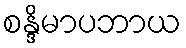
စန္ဒိမာပဘာယ